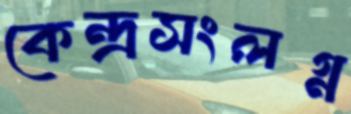
কেন্দ্রসংলগ্ন